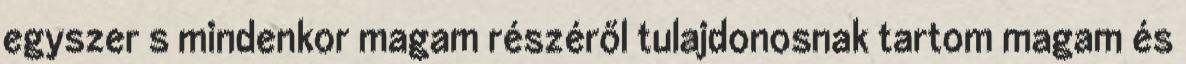
egyszer s mindenkor magam részéről tulajdonosnak tartom magam és